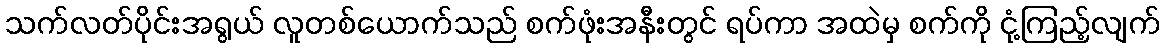
သက်လတ်ပိုင်းအရွယ် လူတစ်ယောက်သည် စက်ဖုံးအနီးတွင် ရပ်ကာ အထဲမှ စက်ကို ငုံ့ကြည့်လျက်